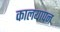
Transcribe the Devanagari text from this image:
कालयापन